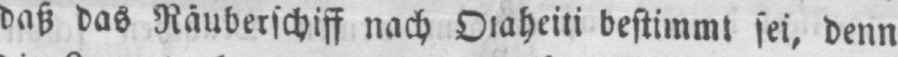
bestimmt sei, denn